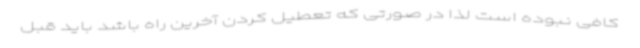
کافی نبوده است لذا در صورتی که تعطیل کردن آخرین راه باشد باید قبل